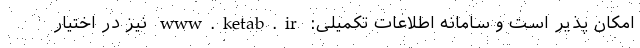
امکان پذیر است و سامانه اطلاعات تکمیلی: www.ketab.ir نیز در اختیار